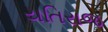
યતિરાજ